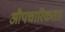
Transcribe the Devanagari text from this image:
औपचारिकता।